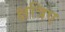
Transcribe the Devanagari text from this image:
क्षत्रिए